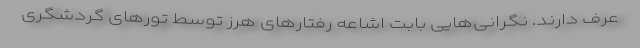
عرف دارند. نگرانی‌هایی بابت اشاعه رفتارهای هرز توسط تورهای گردشگری